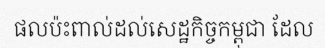
ផលប៉ះពាល់ដល់សេដ្ឋកិច្ចកម្ពុជា ដែល